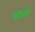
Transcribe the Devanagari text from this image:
बाजंत